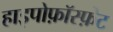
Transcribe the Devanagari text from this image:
हाइपोफ़ॉस्फ़ेट